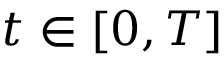
t \in [ 0 , T ]